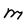
Character: m